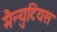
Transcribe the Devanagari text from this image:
मैन्युटियस